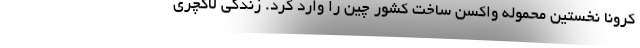
کرونا نخستین محموله واکسن ساخت کشور چین را وارد کرد. زندگی لاکچری